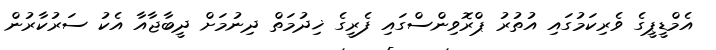
އެމްޑީޕީގެ ވެެރިިކަމުގަައި އުތުރު ޕްރޮވިންސްގައި ފެރީގެ ޚިދުމަތް ދިނުމަށް ދީބާޖާއާ އެކު ސަރުކާރުން